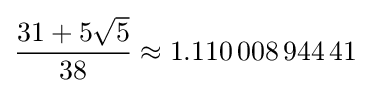
{\frac {31+5{\sqrt {5}}}{38}}\approx 1.110\,008\,944\,41